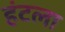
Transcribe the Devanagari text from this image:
हंटला